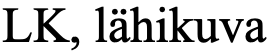
LK, lähikuva